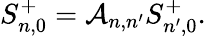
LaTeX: S_{n,0}^{+}={\cal A}_{n,n^{\prime}}S_{n^{\prime},0}^{+}.